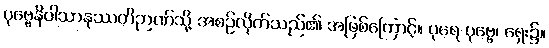
ပုဗ္ဗေနိဝါသာနုဿတိဉာဏ်သို့ အစဉ်လိုက်သည်၏ အဖြစ်ကြောင့်။ ပုရေ ပုဗ္ဗေ၊ ရှေး၌။